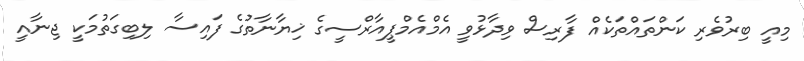
މިއީ ބިރުވެރި ކަންތައްތަކެއް ފާރިސް ވިދާޅުވީ އެމްއެމްޕީއާރްސީގެ ޚިޔާނާތުގެ ފައިސާ ލިބިގަތުމަކީ ޖިނާއީ